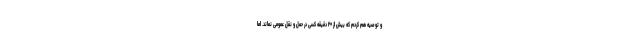
و توصیه هم کردم که بیش از ۲۰ دقیقه کسی در حمل و نقل عمومی نماند. اما